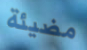
مضيئة